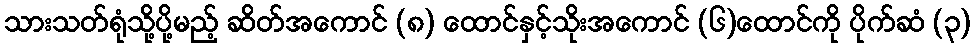
သားသတ်ရုံသို့ပို့မည့် ဆိတ်အကောင် (၈) ထောင်နှင့်သိုးအကောင် (၆)ထောင်ကို ပိုက်ဆံ (၃)